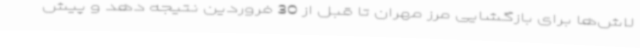
لاش‌ها برای بازگشایی مرز مهران تا قبل از 30 فروردین نتیجه دهد و پیش